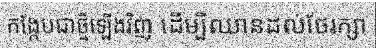
កង្កែបជាថ្មីឡើងវិញ ដើម្បីឈានដល់ថែរក្សា